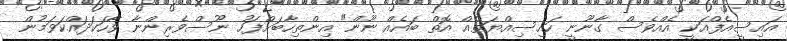
އައިސީއެފްއަކީ އެއްވެސް ގާނޫނީ ހައިސިއްޔަތެއް އޮތް ބައެއް ނޫން" އިންތިހާބަށްފަހު ނޫސްވެރިންނާ ވާހަކަދައްކަވަމުން